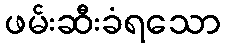
ဖမ်းဆီးခံရသော